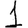
Digit: 1